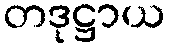
တဒုဋ္ဌာယ